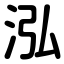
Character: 泓